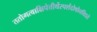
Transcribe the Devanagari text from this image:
ततोगत्वाक्षिपेत्तीर्थेस्पर्शदोषोनविद्यते